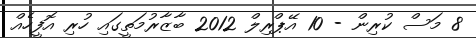
8 މަސް ކުރިން - 10 އޭޕްރިލް 2012 ބާޒާރުމަތީގައި ހުރި އޮފީހެއް